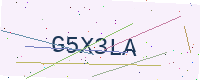
Text: G5X3LA